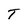
Character: T